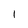
Character: 1